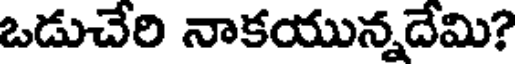
ఒడుచేరి నాకయున్నదేమి?